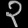
Digit: ၃